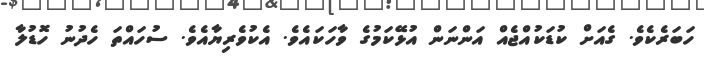
ހަބަރެކެވެ. ގެއަށް ކުޑަކުއްޖެއް އަންނަން އުޅޭކަމުގެ ވާހަކައެވެ. އެކުވެރިޔާއެވެ. ސުހައްތަ ހެދުނު ހޮޑުލާ